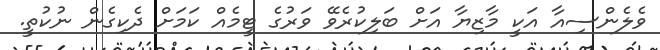
ވެލެންސިއާ އަކީ މާޒިޔާ އަށް ބަލިކުރެވޭ ވަރުގެ ޓީމެއް ކަމަށް ދެކިގެން ނުކުތީ.